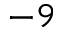
^ { - 9 }